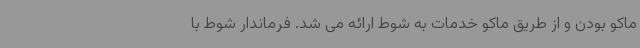
ماکو بودن و از طریق ماکو خدمات به شوط ارائه می شد. فرماندار شوط با